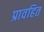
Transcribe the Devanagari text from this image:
प्रावहित